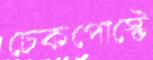
চেকপোস্টে